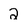
Character: 2